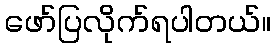
ဖော်ပြလိုက်ရပါတယ်။